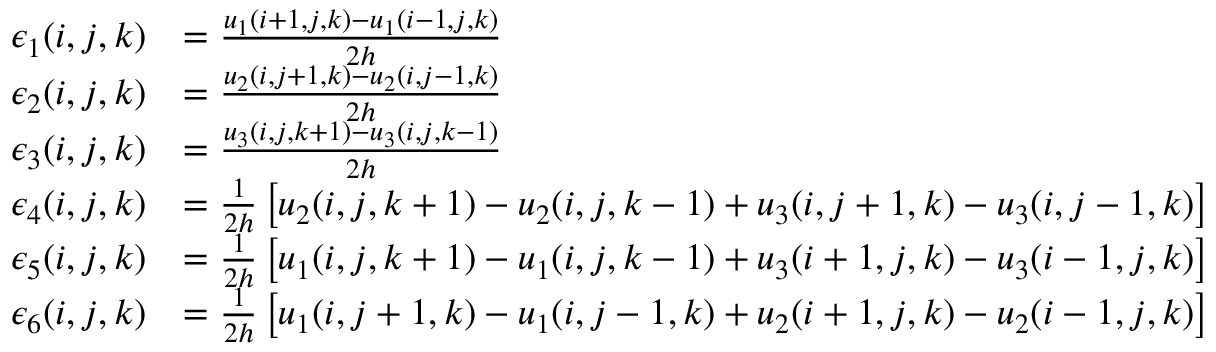
\begin{array} { r l } { \epsilon _ { 1 } ( i , j , k ) } & { = \frac { u _ { 1 } ( i + 1 , j , k ) - u _ { 1 } ( i - 1 , j , k ) } { 2 h } } \\ { \epsilon _ { 2 } ( i , j , k ) } & { = \frac { u _ { 2 } ( i , j + 1 , k ) - u _ { 2 } ( i , j - 1 , k ) } { 2 h } } \\ { \epsilon _ { 3 } ( i , j , k ) } & { = \frac { u _ { 3 } ( i , j , k + 1 ) - u _ { 3 } ( i , j , k - 1 ) } { 2 h } } \\ { \epsilon _ { 4 } ( i , j , k ) } & { = \frac { 1 } { 2 h } \left[ u _ { 2 } ( i , j , k + 1 ) - u _ { 2 } ( i , j , k - 1 ) + u _ { 3 } ( i , j + 1 , k ) - u _ { 3 } ( i , j - 1 , k ) \right] } \\ { \epsilon _ { 5 } ( i , j , k ) } & { = \frac { 1 } { 2 h } \left[ u _ { 1 } ( i , j , k + 1 ) - u _ { 1 } ( i , j , k - 1 ) + u _ { 3 } ( i + 1 , j , k ) - u _ { 3 } ( i - 1 , j , k ) \right] } \\ { \epsilon _ { 6 } ( i , j , k ) } & { = \frac { 1 } { 2 h } \left[ u _ { 1 } ( i , j + 1 , k ) - u _ { 1 } ( i , j - 1 , k ) + u _ { 2 } ( i + 1 , j , k ) - u _ { 2 } ( i - 1 , j , k ) \right] } \end{array}